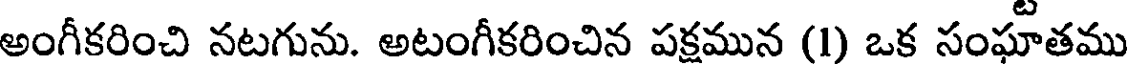
అంగీకరించి నటగును. అటంగీకరించిన పక్షమున (1) ఒక సంఘాతము